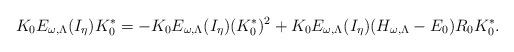
LaTeX: \begin{align*}K_0 E_{\omega,\Lambda}(I_\eta) K_0^\ast = - K_0 E_{\omega,\Lambda}(I_\eta) (K_0^\ast)^2+ K_0 E_{\omega,\Lambda}(I_\eta) (H_{\omega,\Lambda} - E_0) R_0 K_0^\ast .\end{align*}